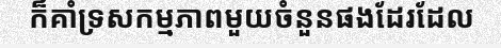
ក៏គាំទ្រសកម្មភាពមួយចំនួនផងដែរដែល